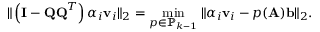
\| \left( \mathbf { I } - \mathbf { Q Q } ^ { T } \right) \alpha _ { i } \mathbf { v } _ { i } \| _ { 2 } = \operatorname* { m i n } _ { p \in \mathbb { P } _ { k - 1 } } \| \alpha _ { i } \mathbf { v } _ { i } - p ( \mathbf { A } ) \mathbf { b } \| _ { 2 } .